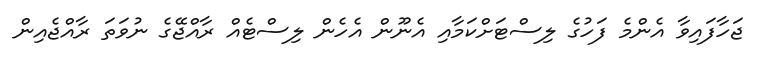
ޖަހާފައިވާ އެންމެ ފަހުގެ ލިސްޓަށްކަމާއި އެނޫން އެހެން ލިސްޓެއް ރާއްޖޭގެ ނުވަތަ ރާއްޖެއިން